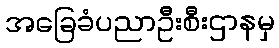
အခြေခံပညာဦးစီးဌာနမှ